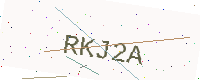
Text: RKJ2A